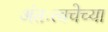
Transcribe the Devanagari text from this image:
अंतःत्वचेच्या